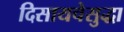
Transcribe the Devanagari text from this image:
दिसायचेसुद्धा